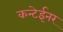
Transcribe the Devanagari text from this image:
कन्टेईनर